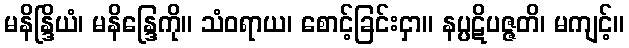
မနိန္ဒြိယံ၊ မနိန္ဒြေကို။ သံဝရာယ၊ စောင့်ခြင်းငှာ။ နပ္ပဋိပဇ္ဇတိ၊ မကျင့်။